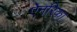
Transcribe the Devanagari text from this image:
ऐनरिका